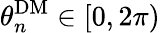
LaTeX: \theta_{n}^{\mathrm{DM}}\in[0,2\pi)